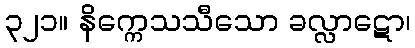
၃၂၁။ နိက္ကေသသီသော ခလ္လာဋော၊